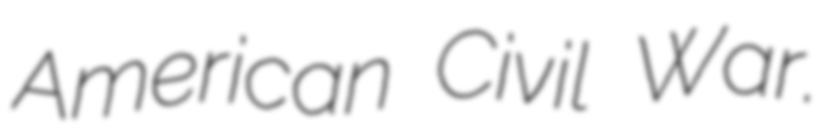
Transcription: American Civil War.